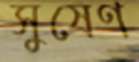
সুষেণ